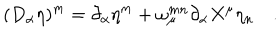
( D _ { \alpha } \eta ) ^ { m } = \partial _ { \alpha } \eta ^ { m } + \omega _ { \mu } ^ { m n } \partial _ { \alpha } X ^ { \mu } \eta _ { n } \quad .